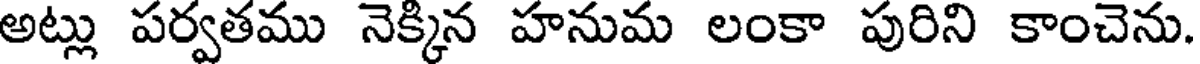
అట్లు పర్వతము నెక్కిన హనుమ లంకా పురిని కాంచెను.